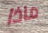
ماذا